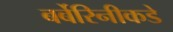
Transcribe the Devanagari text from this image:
बर्बेरिनीकडे